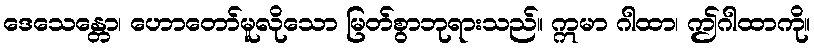
ဒေသေန္တော၊ ဟောတော်မူလိုသော မြတ်စွာဘုရားသည်။ ဣမာ ဂါထာ၊ ဤဂါထာကို။